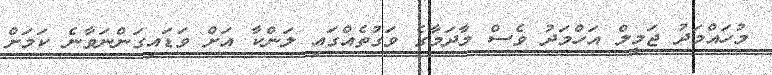
މުހައްމަދު ޖަމީލް އަހްމަދު ވެސް މާދަމާގެ ވަގުތެއްގައި ލަންކާ އަށް ވަޑައިގަންނަވާނެ ކަމަށް